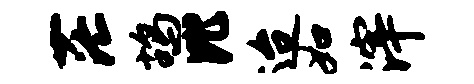
茫鸪比迨如滓